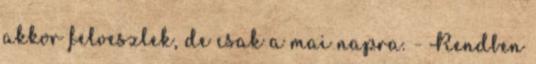
akkor felveszlek, de csak a mai napra. - Rendben